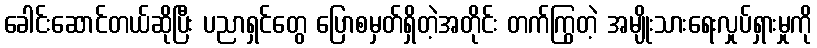
ခေါင်းဆောင်တယ်ဆိုပြီး ပညာရှင်တွေ ပြောစမှတ်ရှိတဲ့အတိုင်း တက်ကြွတဲ့ အမျိုးသားရေးလှုပ်ရှားမှုကို